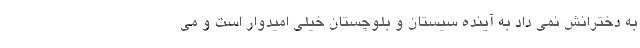
به دخترانش نمی داد به آینده سیستان و بلوچستان خیلی امیدوار است و می